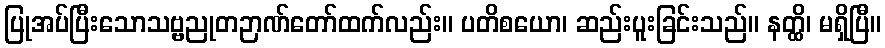
ပြုအပ်ပြီးသောသဗ္ဗညုတဉာဏ်တော်ထက်လည်း။ ပတိစယော၊ ဆည်းပူးခြင်းသည်။ နတ္ထိ၊ မရှိပြီ။